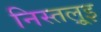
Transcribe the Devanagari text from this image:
निस्तल्रूइ